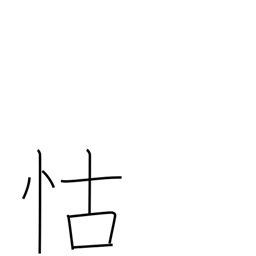
Meaning: depend